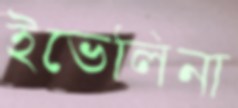
ইভেলিনা